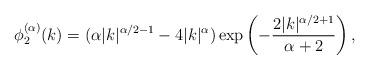
LaTeX: \begin{align*} \phi_{2}^{(\alpha)} (k)=(\alpha|k|^{\alpha/2 -1}-4|k|^{\alpha}) \exp\left(-\frac{2|k|^{\alpha/2+1}}{\alpha+2}\right), \end{align*}